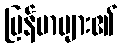
မြန်မာများ၏